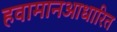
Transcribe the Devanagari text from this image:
हवामानआधारित